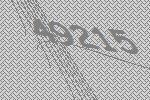
49215